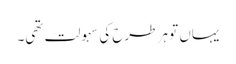
یہاں تو ہر طرح کی سہولت تھی۔